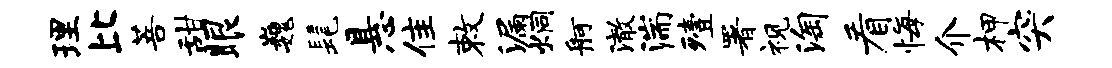
理比菩甜眼巍髦悬隹敕漏炯舸澈湍殪署视淘看悔介柙突